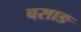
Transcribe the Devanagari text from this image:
बसाङ